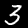
Digit: 3